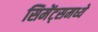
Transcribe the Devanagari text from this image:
सिमेंट्समध्ये